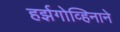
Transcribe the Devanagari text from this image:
हर्झगोव्हिनाने